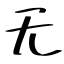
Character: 无